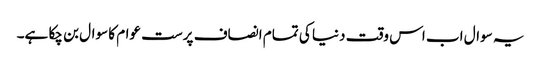
یہ سوال اب اس وقت دنیا کی تمام انصاف پرست عوام کا سوال بن چکا ہے۔